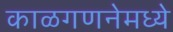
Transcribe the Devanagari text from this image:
काळगणनेमध्ये